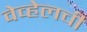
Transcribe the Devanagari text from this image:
वेव्हेलची